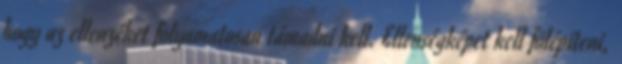
hogy az ellenzéket folyamatosan támadni kell. Ellenségképet kell fölépíteni,